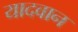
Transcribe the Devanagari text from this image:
यादवान